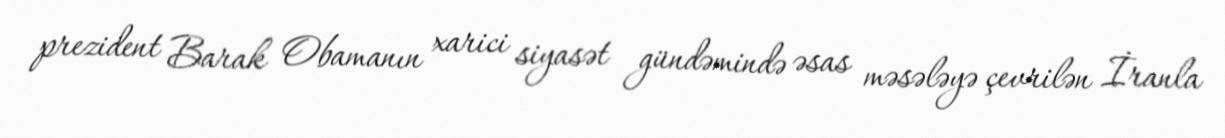
prezident Barak Obamanın xarici siyasət gündəmində əsas məsələyə çevrilən İranla